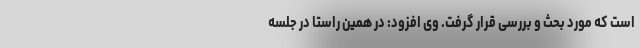
است که مورد بحث و بررسی قرار گرفت. وی افزود: در همین راستا در جلسه